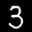
Label: 3